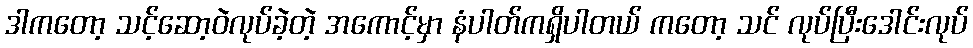
ဒါကတော့ သင့်ဆော့ဝဲလုပ်ခဲ့တဲ့ အကောင့်မှာ နံပါတ်ကရှိပါတယ် ကတော့ သင် လုပ်ပြီးဒေါင်းလုပ်